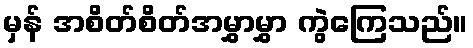
မှန် အစိတ်စိတ်အမွှာမွှာ ကွဲကြေသည်။